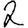
Digit: 2